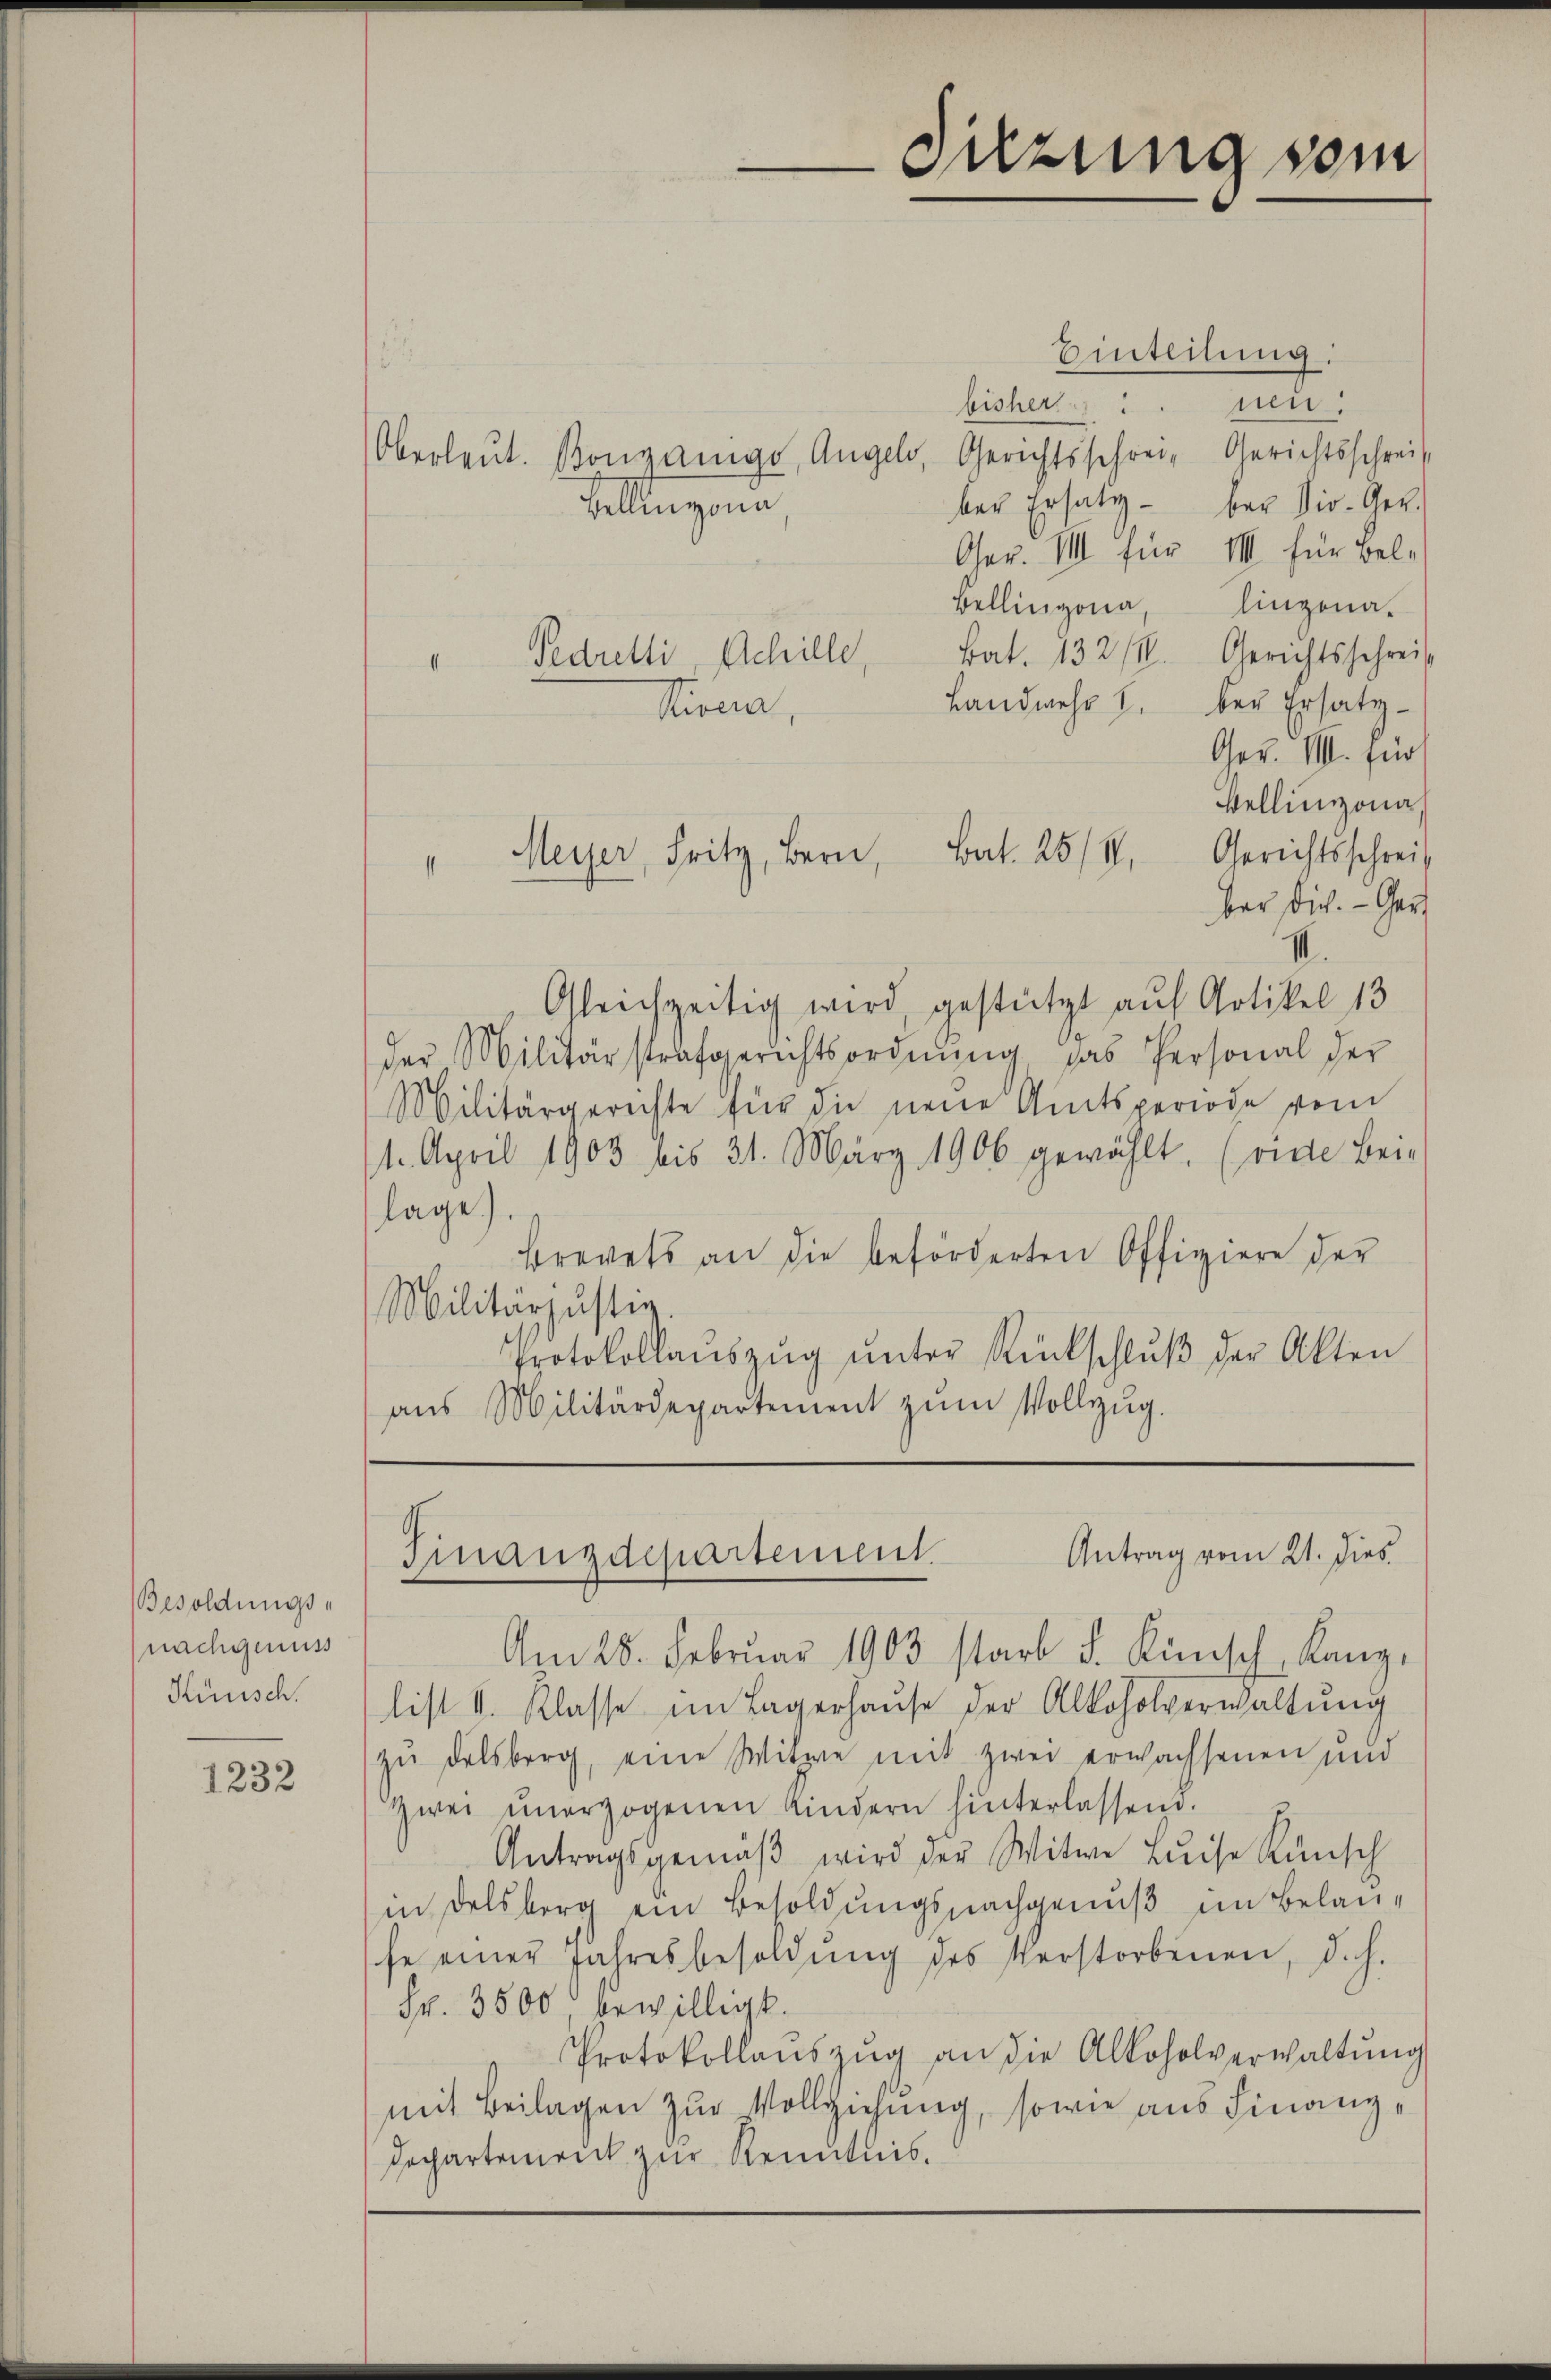
Besoldungs-
nachgenuss
Hünsch.

1232

Pedretti, Schille,
Stirna,

Meyer, Fritz, Bern, Bat. 25/4. Gerichtsschreib

Suzung vom

Antrag vom 21. dies
Finanzdepartement.

Einteilung:
bisher . . . uen.
Oberleut. Bongange, Angeld, Gerichtsschrei Gerichtsschreib
ber Ersatz – bey Dir. Ger.
Tellinzona
Ger. VIII für III für Bele
Bellingen, linzona.
Bat. 132/1. Gerichtsschrei¬
I
Landwehr u. der Ersatz-
Ger. III. für
Bellinzona,
I
bar dich. - Ger
II.
Gleichzeitig wird, gestützt auf Artikel 13
der Militärstrafgerichtsordnŭng, das Personal der
Militärgerichte für die neue Amtsperiode vom
1. April 1903 bis 31. März 1906 gewählt. (vide Bei-
lage.
Brevets an die beförderten Offiziere der
Militärjustiz,
Protokollaŭszŭg ŭnter Rückschlŭβ der Akten
aŭs Militärdepartement zŭm Vollzŭg.

Am 25. Februar 1903 starb F. Künsch, Kanzlist II. Klasse im Lagerhause der Alkoholverwaltung
zŭ delsberg, eine Witwe mit zwei erwachsenen und
Zwei ŭnerzogenen Kindern hinterlassend.
Antragsgemäβ wird der Witwe Luise Kunsch
in Delsberg ein Besoldungsnachgenuß im Belanfe einer Jahresbesoldŭng des Verstorbenen, d. h.
Fr. 3500, bewilligt.
Protokollaŭszŭg an die Alkoholverwaltŭng
mit Beilagen zur Vollziehung, sowie aus Finanz¬
Dechartement zur Kenntnis.